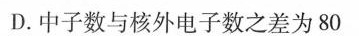
D.中子数与核外电子数之差为80